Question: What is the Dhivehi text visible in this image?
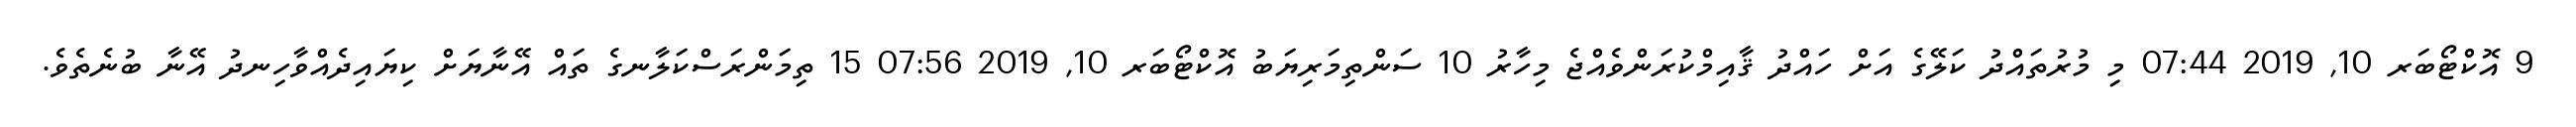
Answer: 9 އޮކްޓޯބަރ 10, 2019 07:44 މި މުރުތައްދު ކަލޭގެ އަށް ހައްދު ޤާއިމްކުރަންވެއްޖެ މިހާރު 10 ސަންތިމަރިޔަބު އޮކްޓޯބަރ 10, 2019 07:56 15 ތިމަންރަސްކަލާނގެ ތައް އޭނާޔަށް ކިޔައިދެއްވާހިނދު އޭނާ ބުނެތެވެ.